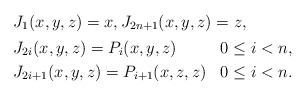
\begin{align*} & J_1(x,y,z) = x, J_{2n+1}(x,y,z) = z, \\ & \begin{aligned} & J_{2i}(x,y,z) = P_i(x,y,z) & & 0\leq i<n, \\ & J_{2i+1}(x,y,z) = P_{i+1}(x,z,z) & & 0\leq i<n. \end{aligned}\end{align*}